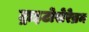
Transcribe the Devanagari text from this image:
ट्राइटोसेरेब्रम